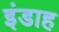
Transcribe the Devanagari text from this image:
इंडाह